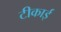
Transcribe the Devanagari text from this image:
टीकाई